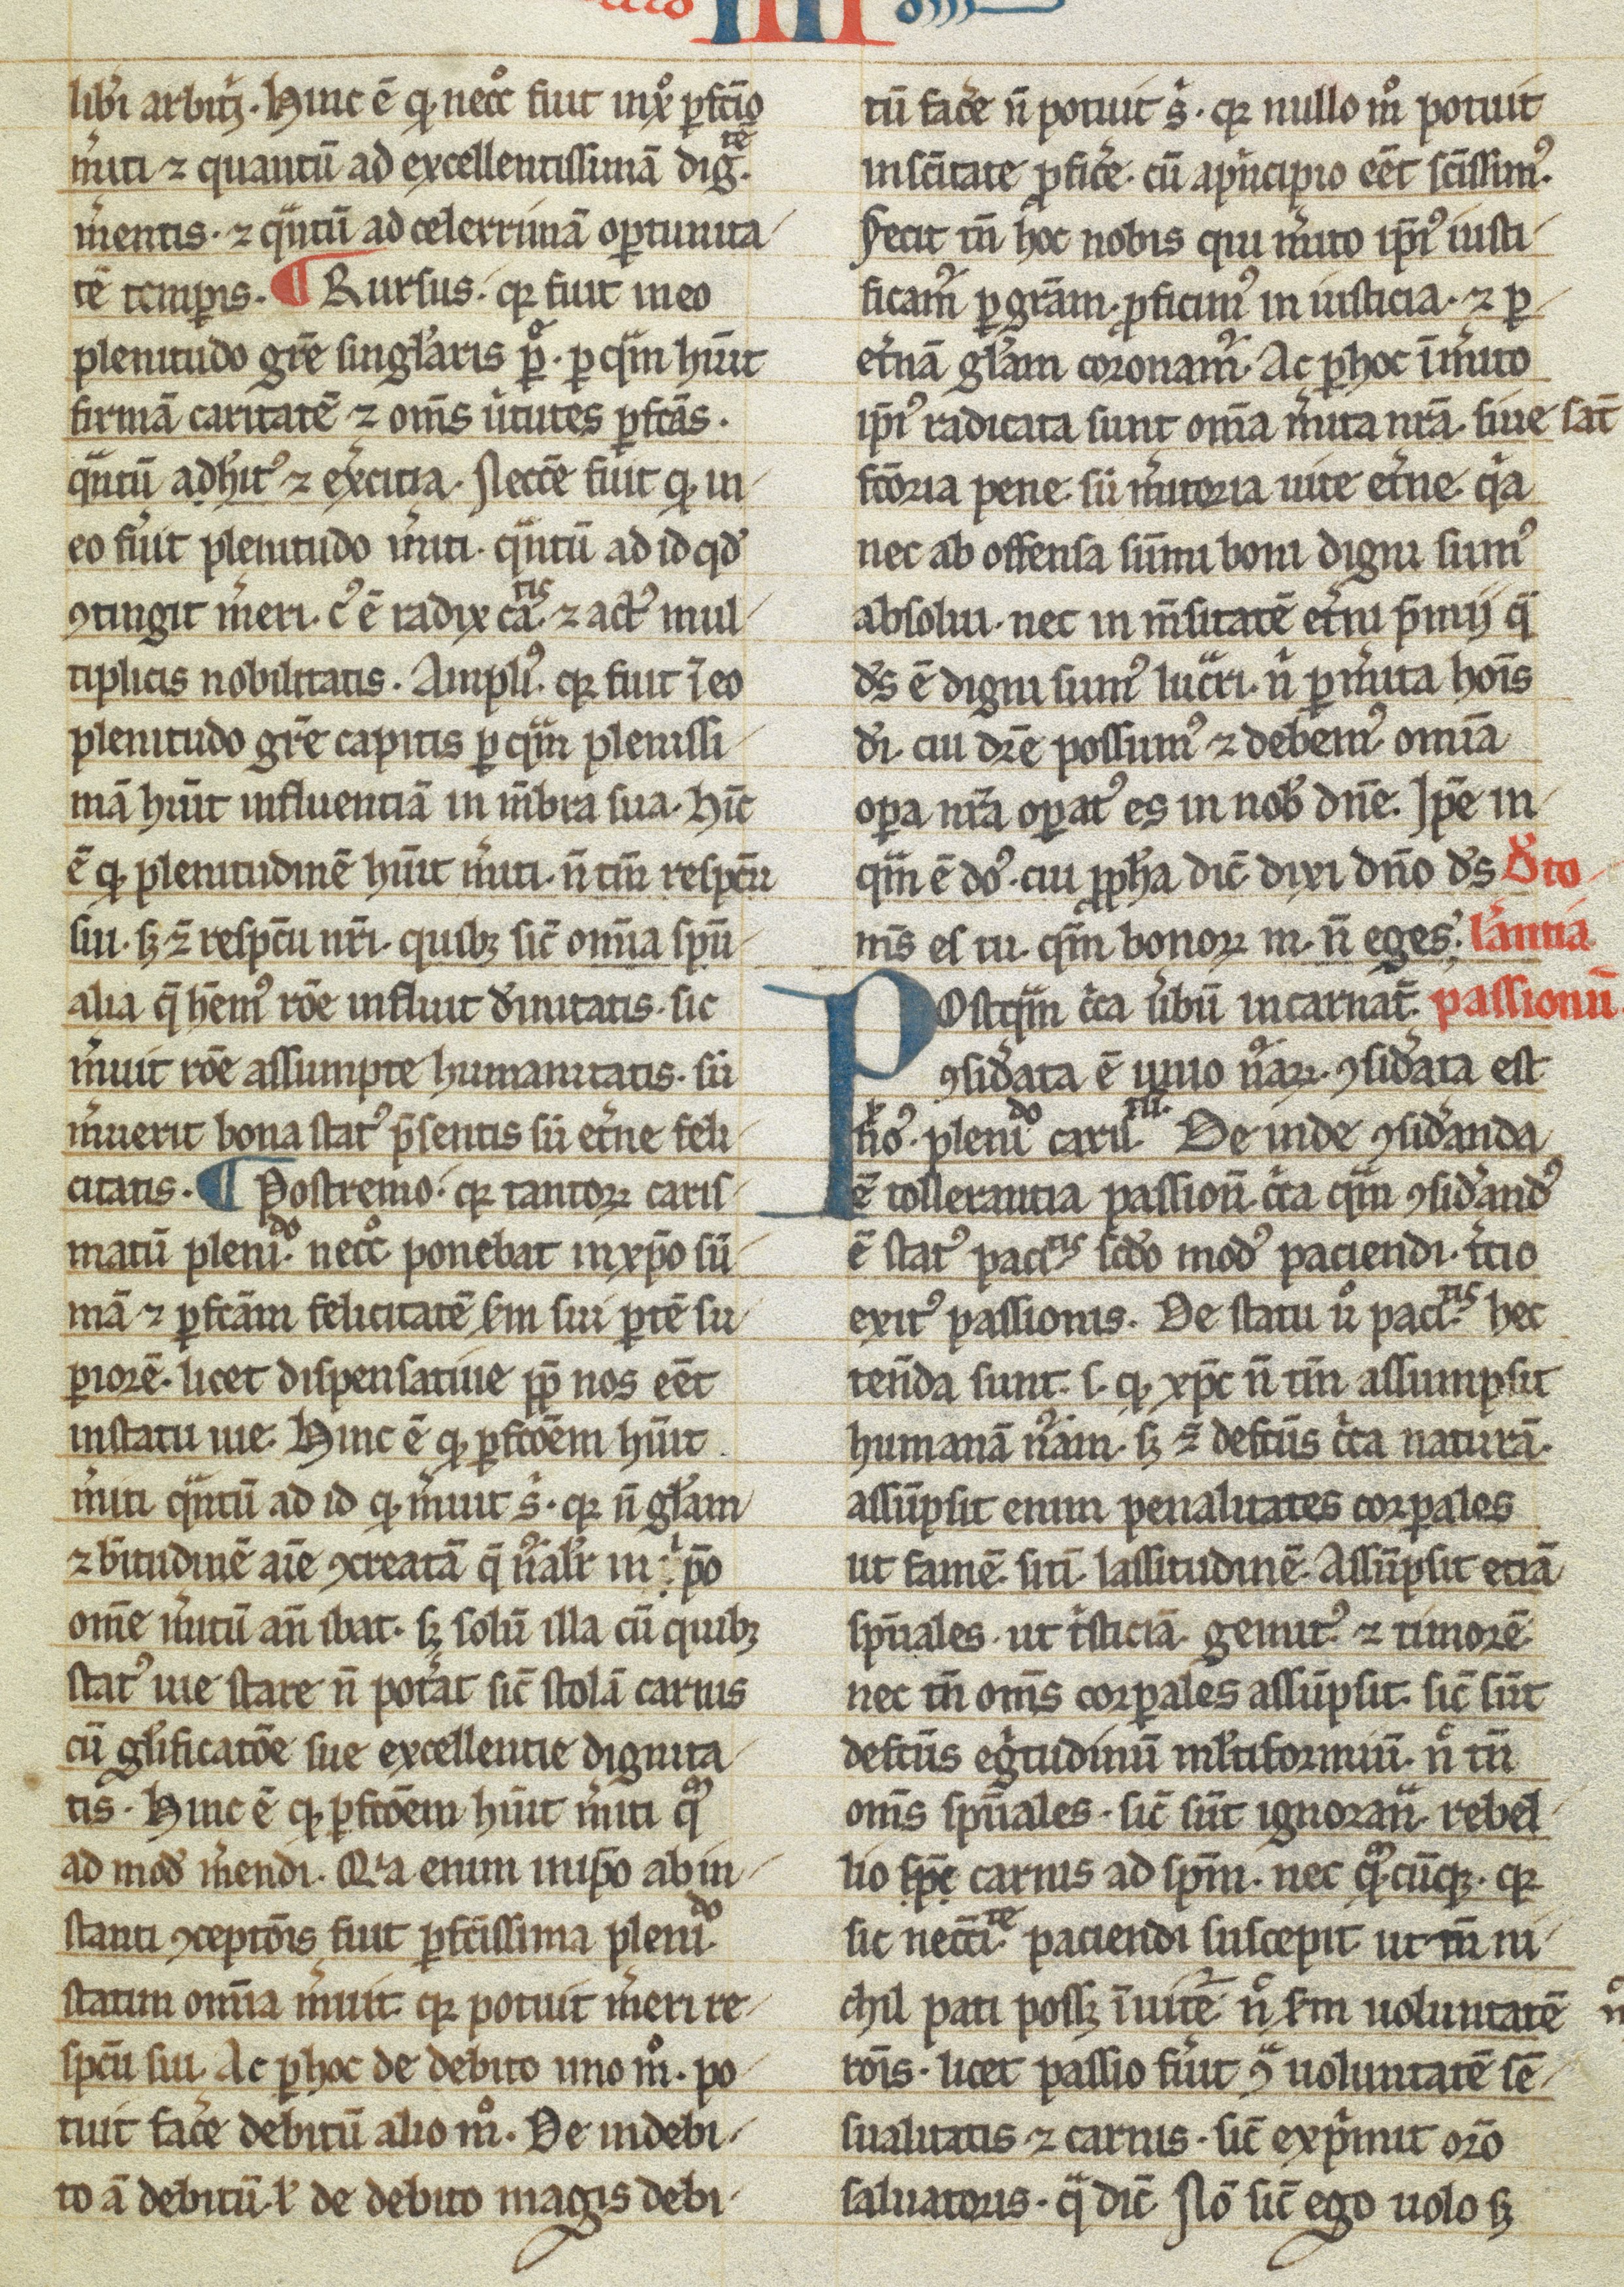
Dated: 1200–1399